255_413270_UFO's_and_Defense_What_Should_we_Prepare_For
Agency: NASA
Page 43
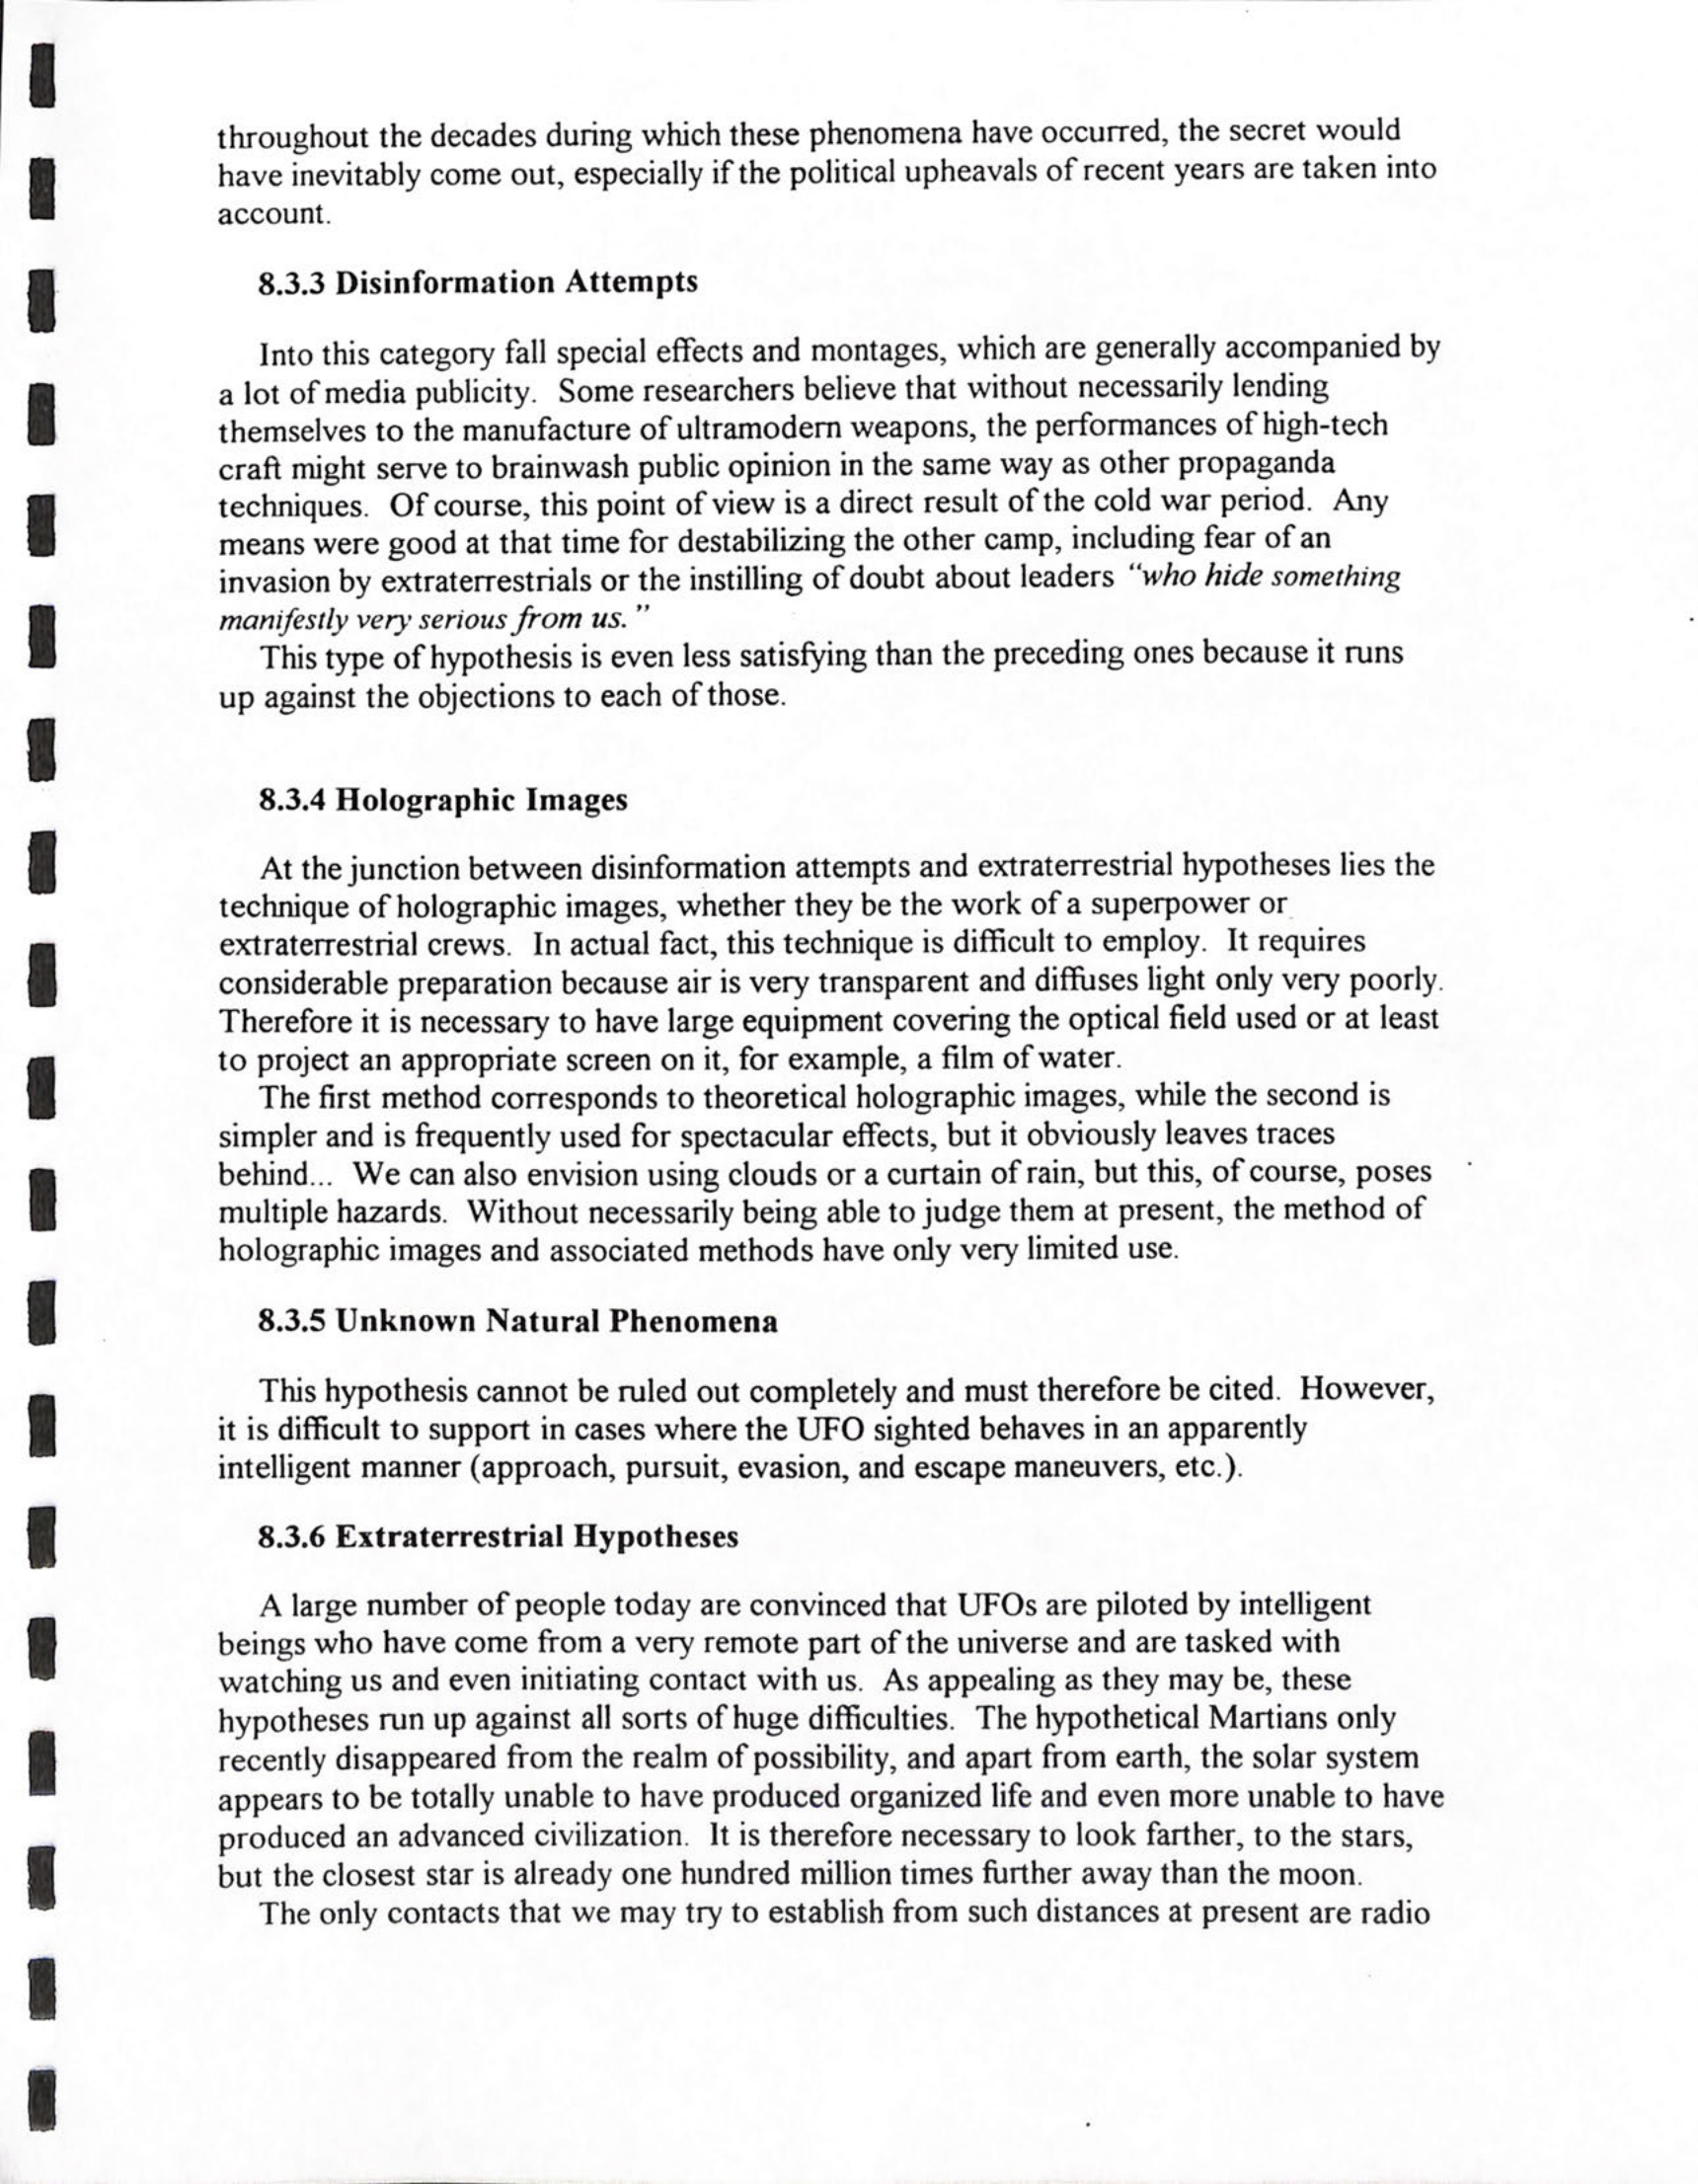